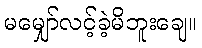
မမျှော်လင့်ခဲ့မိဘူးချေ။